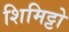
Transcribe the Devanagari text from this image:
शिमिट्टो